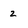
Character: 2